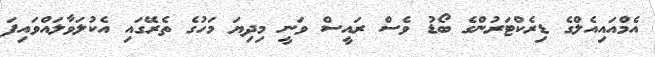
އެމްއައިއެލްގެ ޑިރެކްޓަރުންގެ ބޯޑު ވެސް ރައީސް ވަނީ މިދިޔަ މަހުގެ ތެރޭގައި އެކުލަވާލައްވައިފަ